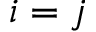
i = j